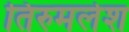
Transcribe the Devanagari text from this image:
तिरुमलेश